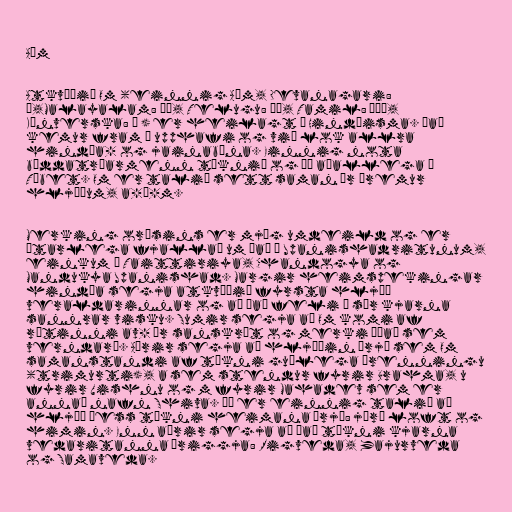
Aúm

Atkvæðið Om (einnig Aúm, Devanagari:
ॐ,Malayalam: ഓം, Telugu: ಓಂ, Tamil: ஒம்,
Kínverska: 唵 ) er heilagt í Hindúisma. Það
kemur fram í upphafi og við lok allra
hindúa- og jainabæna. Einnig nota
búddatrúarmenn táknið og þá aðallega í
Tíbet. Om er talið sett saman úr þremur
hljóðum, a-ú-m.

Merking orðsins er mjög umdeild og er
ítarlega fjallað um það í Upanishadritunum,
einkum í Taittiriya, Chandogya og
Mandukya Upanishad. Margir heimspekingar
hindúa segja atkvæðið fyrsta hljóð
veraldarinnar og að það feli í sér kjarna
sannrar visku. Sumir segja að Om komi af
rótinni av- úr sanskrít og merki „það sem
verndar“. Aðrir segja að hljóðin þrjú sem Om
samanstandi af tákni guðlega þrenningu
(trimurti), a sem stendur fyrir Brahma, u
fyrir Vishnu og m fyrir Mahadev sem er
annað nafn Shiva. Þá er einnig talið að
hljóð þess tákni heimana þrjá: jörð loft og
himin. Enn aðrir segja að það tákni kjarna
vedaritanna þriggja: Rigveda, Yajurveda
og Samaveda.